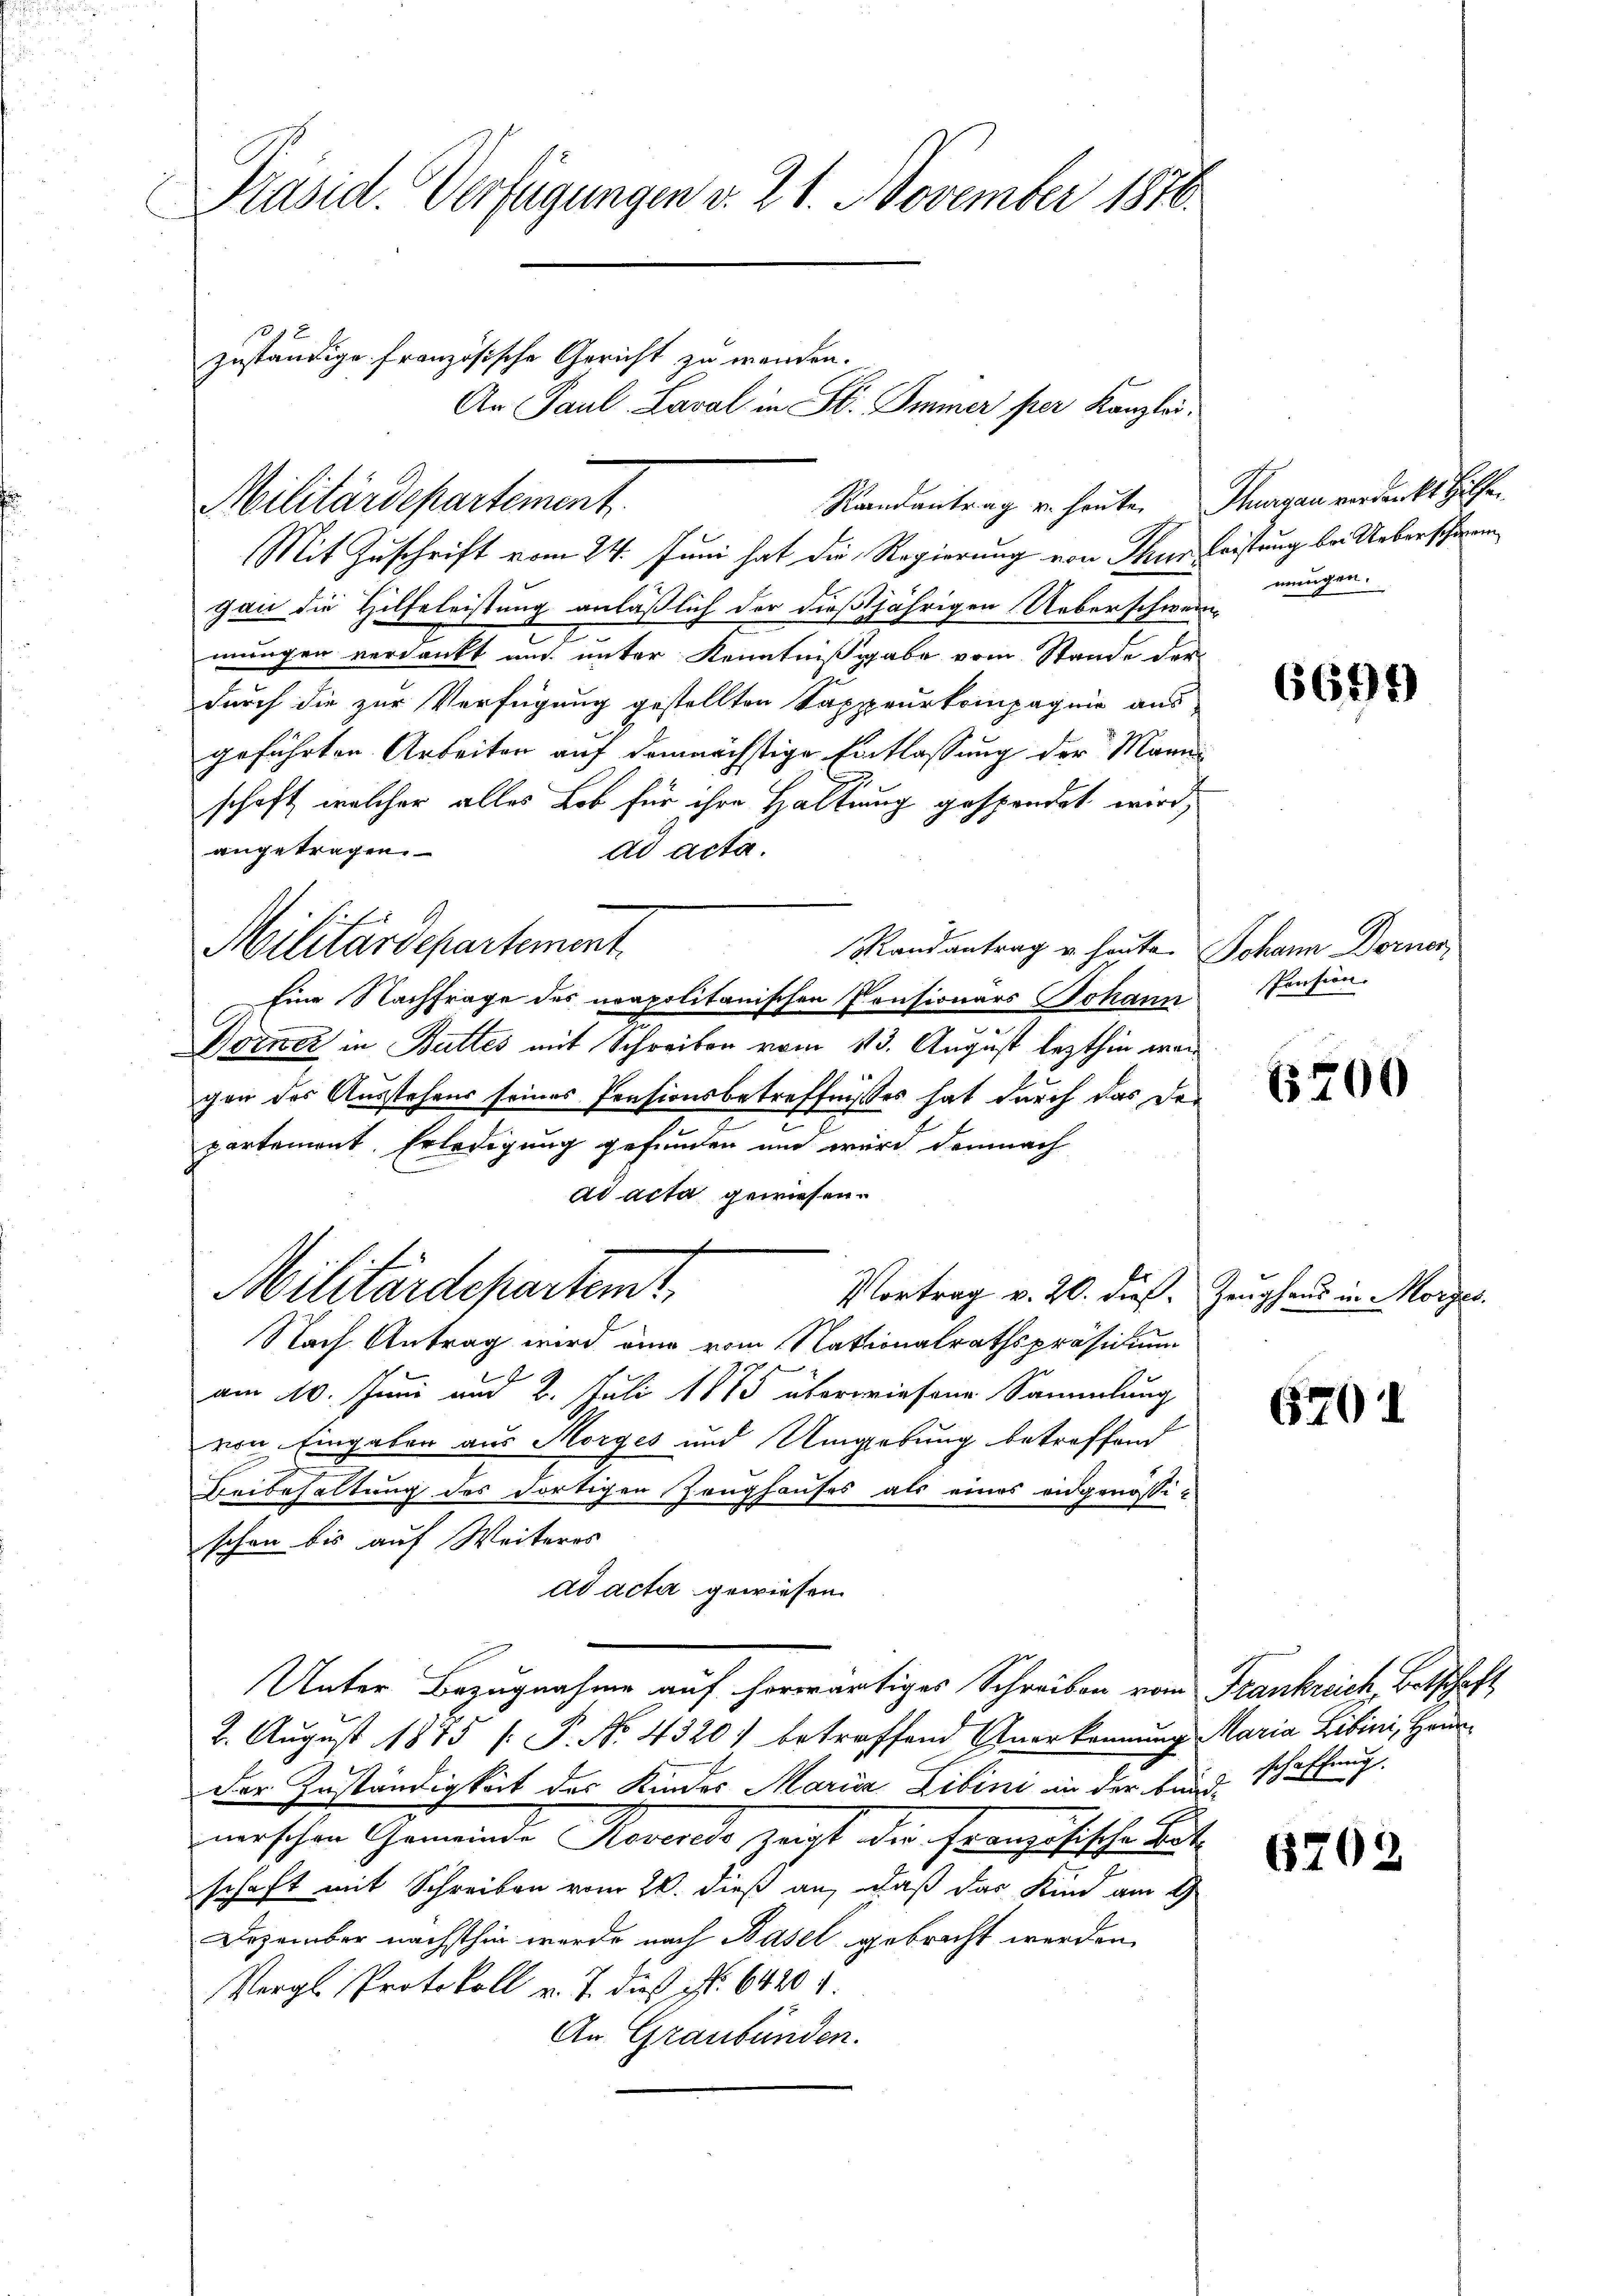
Präsid. Verfügungen v. 21. November 1870.
zuständige französische Gericht zu werden.
An Paul Laval in St. Immer per Kanzlei.

Randantrag u. heute. Thurgau verdankt Hilfen
Mit Zuschrift vom 24. Juni hat die Regierung von Thun leistung bei Ueberschweigau die Hilfeleistung anläßlich der dießjährigen Ueberschwein-
e
mungen verdankt und unter Kenntnißgabe vom Stande der
durch die zur Verfügung gestellten Kappeurkompagnie aus
geführten Arbeiten auf demnächstige Einflassung der Mannschaft, welcher alles Lob für ihre Haltung gespendet wird;
angetragen.
ad acta.
Randantrag u. heute Johann Dorner
Eine Nachfrage des neapolitanischen Consionärs Johann
Borner in Buttes mit Schreiben vom 13. August lezthin war
gen des Ausstehens seines Pensionsbetreffnisses hat durch das de
partement. Erledigung gefunden und wird demnach
ad acta gewiesen.
Vortrag v. 20. dieß. Zeughaus in Morges.
Nach Antrag wird eine vom Nationalrathspräsidium
am 10. Juni und 2. Juli 1885 überwiesene Sammlung
von Eingaben aus Morges und Umgebung betreffend
Beibehaltung des dortigen Zeughauses als eines eidgenössischon bis auf Weiteres
ad acta gewiesen.
Unter Bezugnahme auf herwärtiges Schreiben vom Frankreich, Botschaft
2. August 1845 [P. No. 4320) betreffend Anerkennung Maria Libini, Hau
Der Zuständigkeit des Kinder Maria Libini in der beidschaffung
merschen Gemeinde Roveredo zeigt der französische But
schaft mit Schreiben vom 20. dieß an, daß das Kind am 2
Dezember nächsthin werde nach Basel gebracht werden,
Vergl. Protokoll v. J. das Nr. 6420 f.
An Graubünden.

Militärdepartement.

Militärdepartement.

Militärdepartem t

mungen.

6699)

Pension.

15200

620

6703